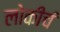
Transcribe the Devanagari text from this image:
लोकीचं